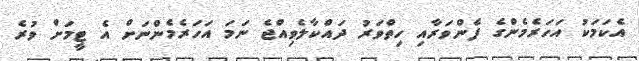
އެކަމަކު އަހަރެމެންގެ ފެންވަރާއި ހިތްވަރު ދައްކާލެވިއްޖެ ނަމަ އަހަރެމެންނަށް އެ ޓީމަށް ވުރެ